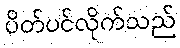
ပိတ်ပင်လိုက်သည်